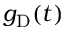
g _ { \mathrm { D } } ( t )